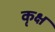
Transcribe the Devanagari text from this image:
कृक्ष